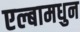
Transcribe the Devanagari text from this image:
एल्बामधुन